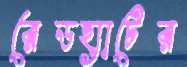
রেডহ্যাটের